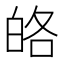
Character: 𤽥